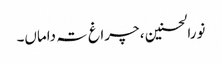
نورالحسنین ، چراغ تہ داماں۔